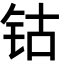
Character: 钴